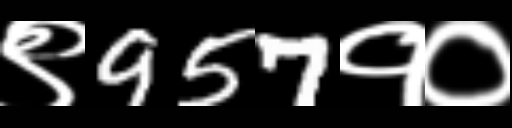
Text: ९957१०